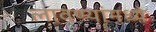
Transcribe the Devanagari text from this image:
लावण्यांमध्ये